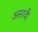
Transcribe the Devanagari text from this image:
असावी़